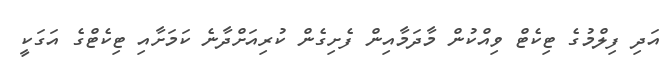
އަދި ފިލްމުގެ ޓިކެޓް ވިއްކުން މާދަމާއިން ފެށިގެން ކުރިއަށްދާނެ ކަމަށާއި ޓިކެޓްގެ އަގަކީ